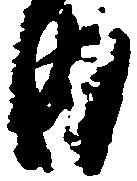
内